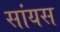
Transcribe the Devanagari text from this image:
सांयस